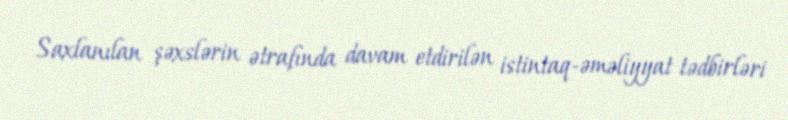
Saxlanılan şəxslərin ətrafında davam etdirilən istintaq-əməliyyat tədbirləri